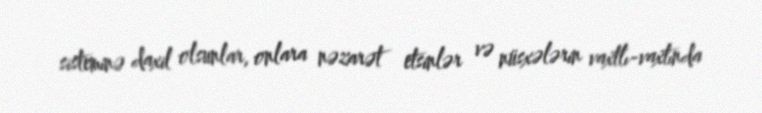
sisteminə daxil olsunlar, onlara nəzarət etsinlər və nüsxələrin vaxtlı-vaxtında